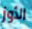
الأوز